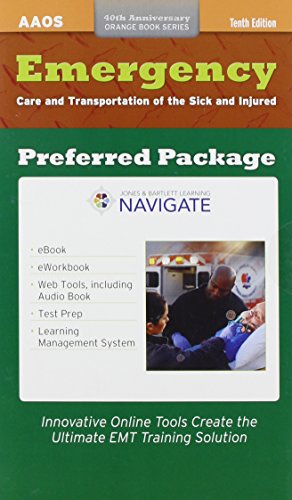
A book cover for Emergency Care and Transportation of the Sick and Injured Passcode: Preferred Package (Orange Book Series 40th Anniversary); Medical Books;